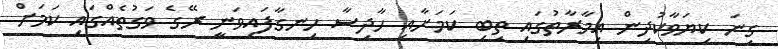
ގިނަ ކިޔަވާކުދިން އިމާރާތުގައި ތިބި ކަމަށާއި ހާދިސާ ހިނގާފައިވަނީ ރޭގެ ވަގުތެއްގައި ކަމަށް